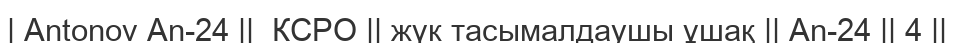
| Antonov An-24 ||  КСРО || жүк тасымалдаушы ұшақ || An-24 || 4 ||